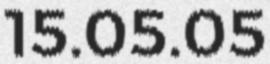
15.05.05